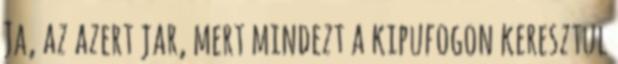
Ja, az azert jar, mert mindezt a kipufogon keresztul